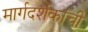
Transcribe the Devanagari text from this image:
मार्गदर्शकांची